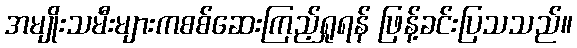
အမျိုးသမီးများကစစ်ဆေးကြည့်ရှုရန် ဖြန့်ခင်းပြသသည်။